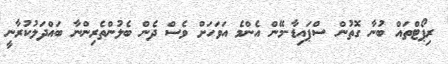
ރިޕޯޓްތައް ބުނާ ގޮތުން ސްޕައިޑާ-މޭން އެންމެ އަވަހަށް ވެސް ދެން ބެލުންތެރިންނާ ބައްދަލުކުރާނީ